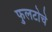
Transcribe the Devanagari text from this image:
फुलटोचे